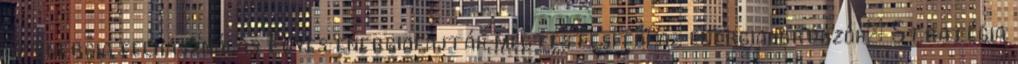
az energia felhasználás Egyes energiafajták megtestesítői az energiahordozók: Stratégia